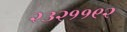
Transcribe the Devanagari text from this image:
२३२११९२